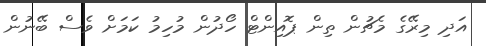
އަދި މިރޭގެ މެޗުން ތިން ޕޮއިންޓް ހޯދުން މުހިމު ކަމަށް ވެސް ބޭނުން